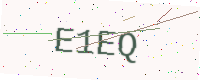
Text: E1EQ